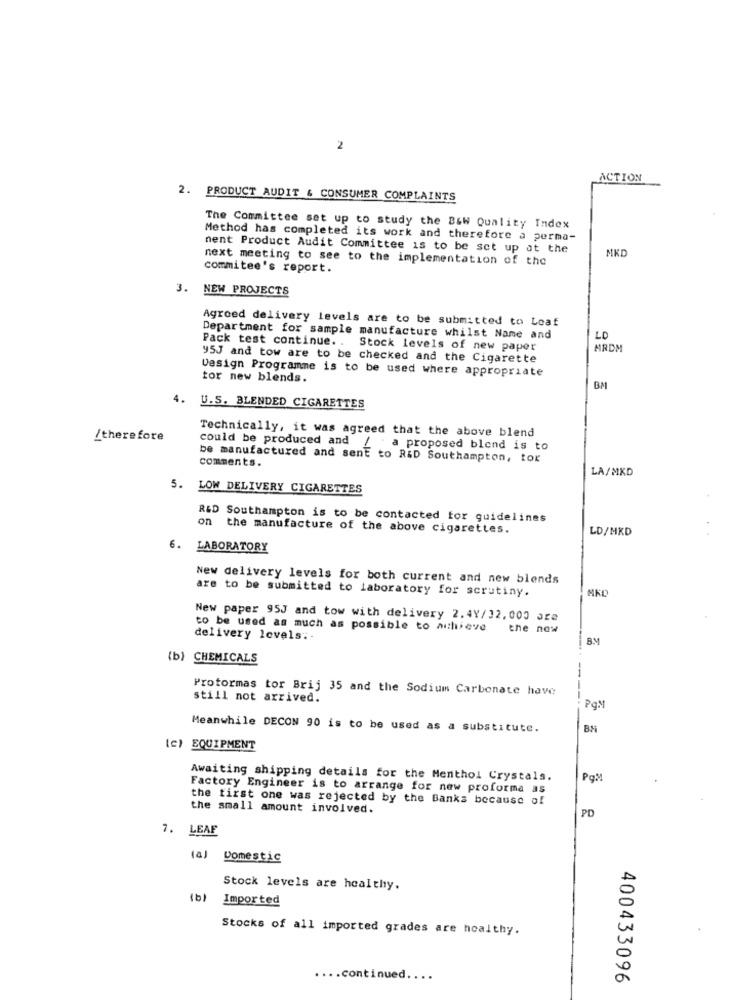
2
ACTION
2. PRODUCT AUDIT & CONSUMER COMPLAINTS
The Committee set up to study the B&W Quality Index
Method has completed its work and therefore a perma-
nent Product Audit Committee is to be set up at the
MKD
next meeting to see to the implementation of the
commitee's report.
3. NEW PROJECTS
Agreed delivery levels are to be submitted to Loaf
Department for sample manufacture whilst Name and
Pack test continue. . Stock levels of new paper
ARDM
95J and tow are to be checked and the Cigarette
Design Programme is to be used where appropriate
tor new blends.
BM
4.
U.S. BLENDED CIGARETTES
/therefore
Technically, it was agreed that the above blend
could be produced and / a proposed blond is to
be manufactured and sent to R&D Southampton, tox
comments.
LA/MKD
5.
LOW DELIVERY CIGARETTES
R&D Southampton is to be contacted for guidelines
on the manufacture of the above cigarettes.
LD/MKD
6. LABORATORY
New delivery levels for both current and new blends
are to be submitted to laboratory for scrutiny.
MKL
New paper 95J and tow with delivery 2.4Y/32.000 are
to be used as much as possible to achieve
the now
delivery levels ..
B.M
(b) CHEMICALS
--
Proformas tor Brij 35 and the Sodium Carbonate have
still not arrived.
PqM
Meanwhile DECON 90 is to be used as a substitute.
(c) EQUIPMENT
Awaiting shipping details for the Menthol Crystals.
PqM
Factory Engineer is to arrange for new proforma as
the first one was rejected by the Banks because of
the small amount involved.
PD
7. LEAF
(a)
Domestic
Stock levels are healthy.
(b)
Imported
Stocks of all imported grades are healthy.
.... continued.
..
400433096